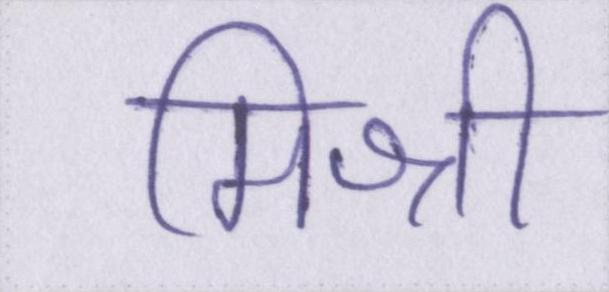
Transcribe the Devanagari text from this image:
मिश्री